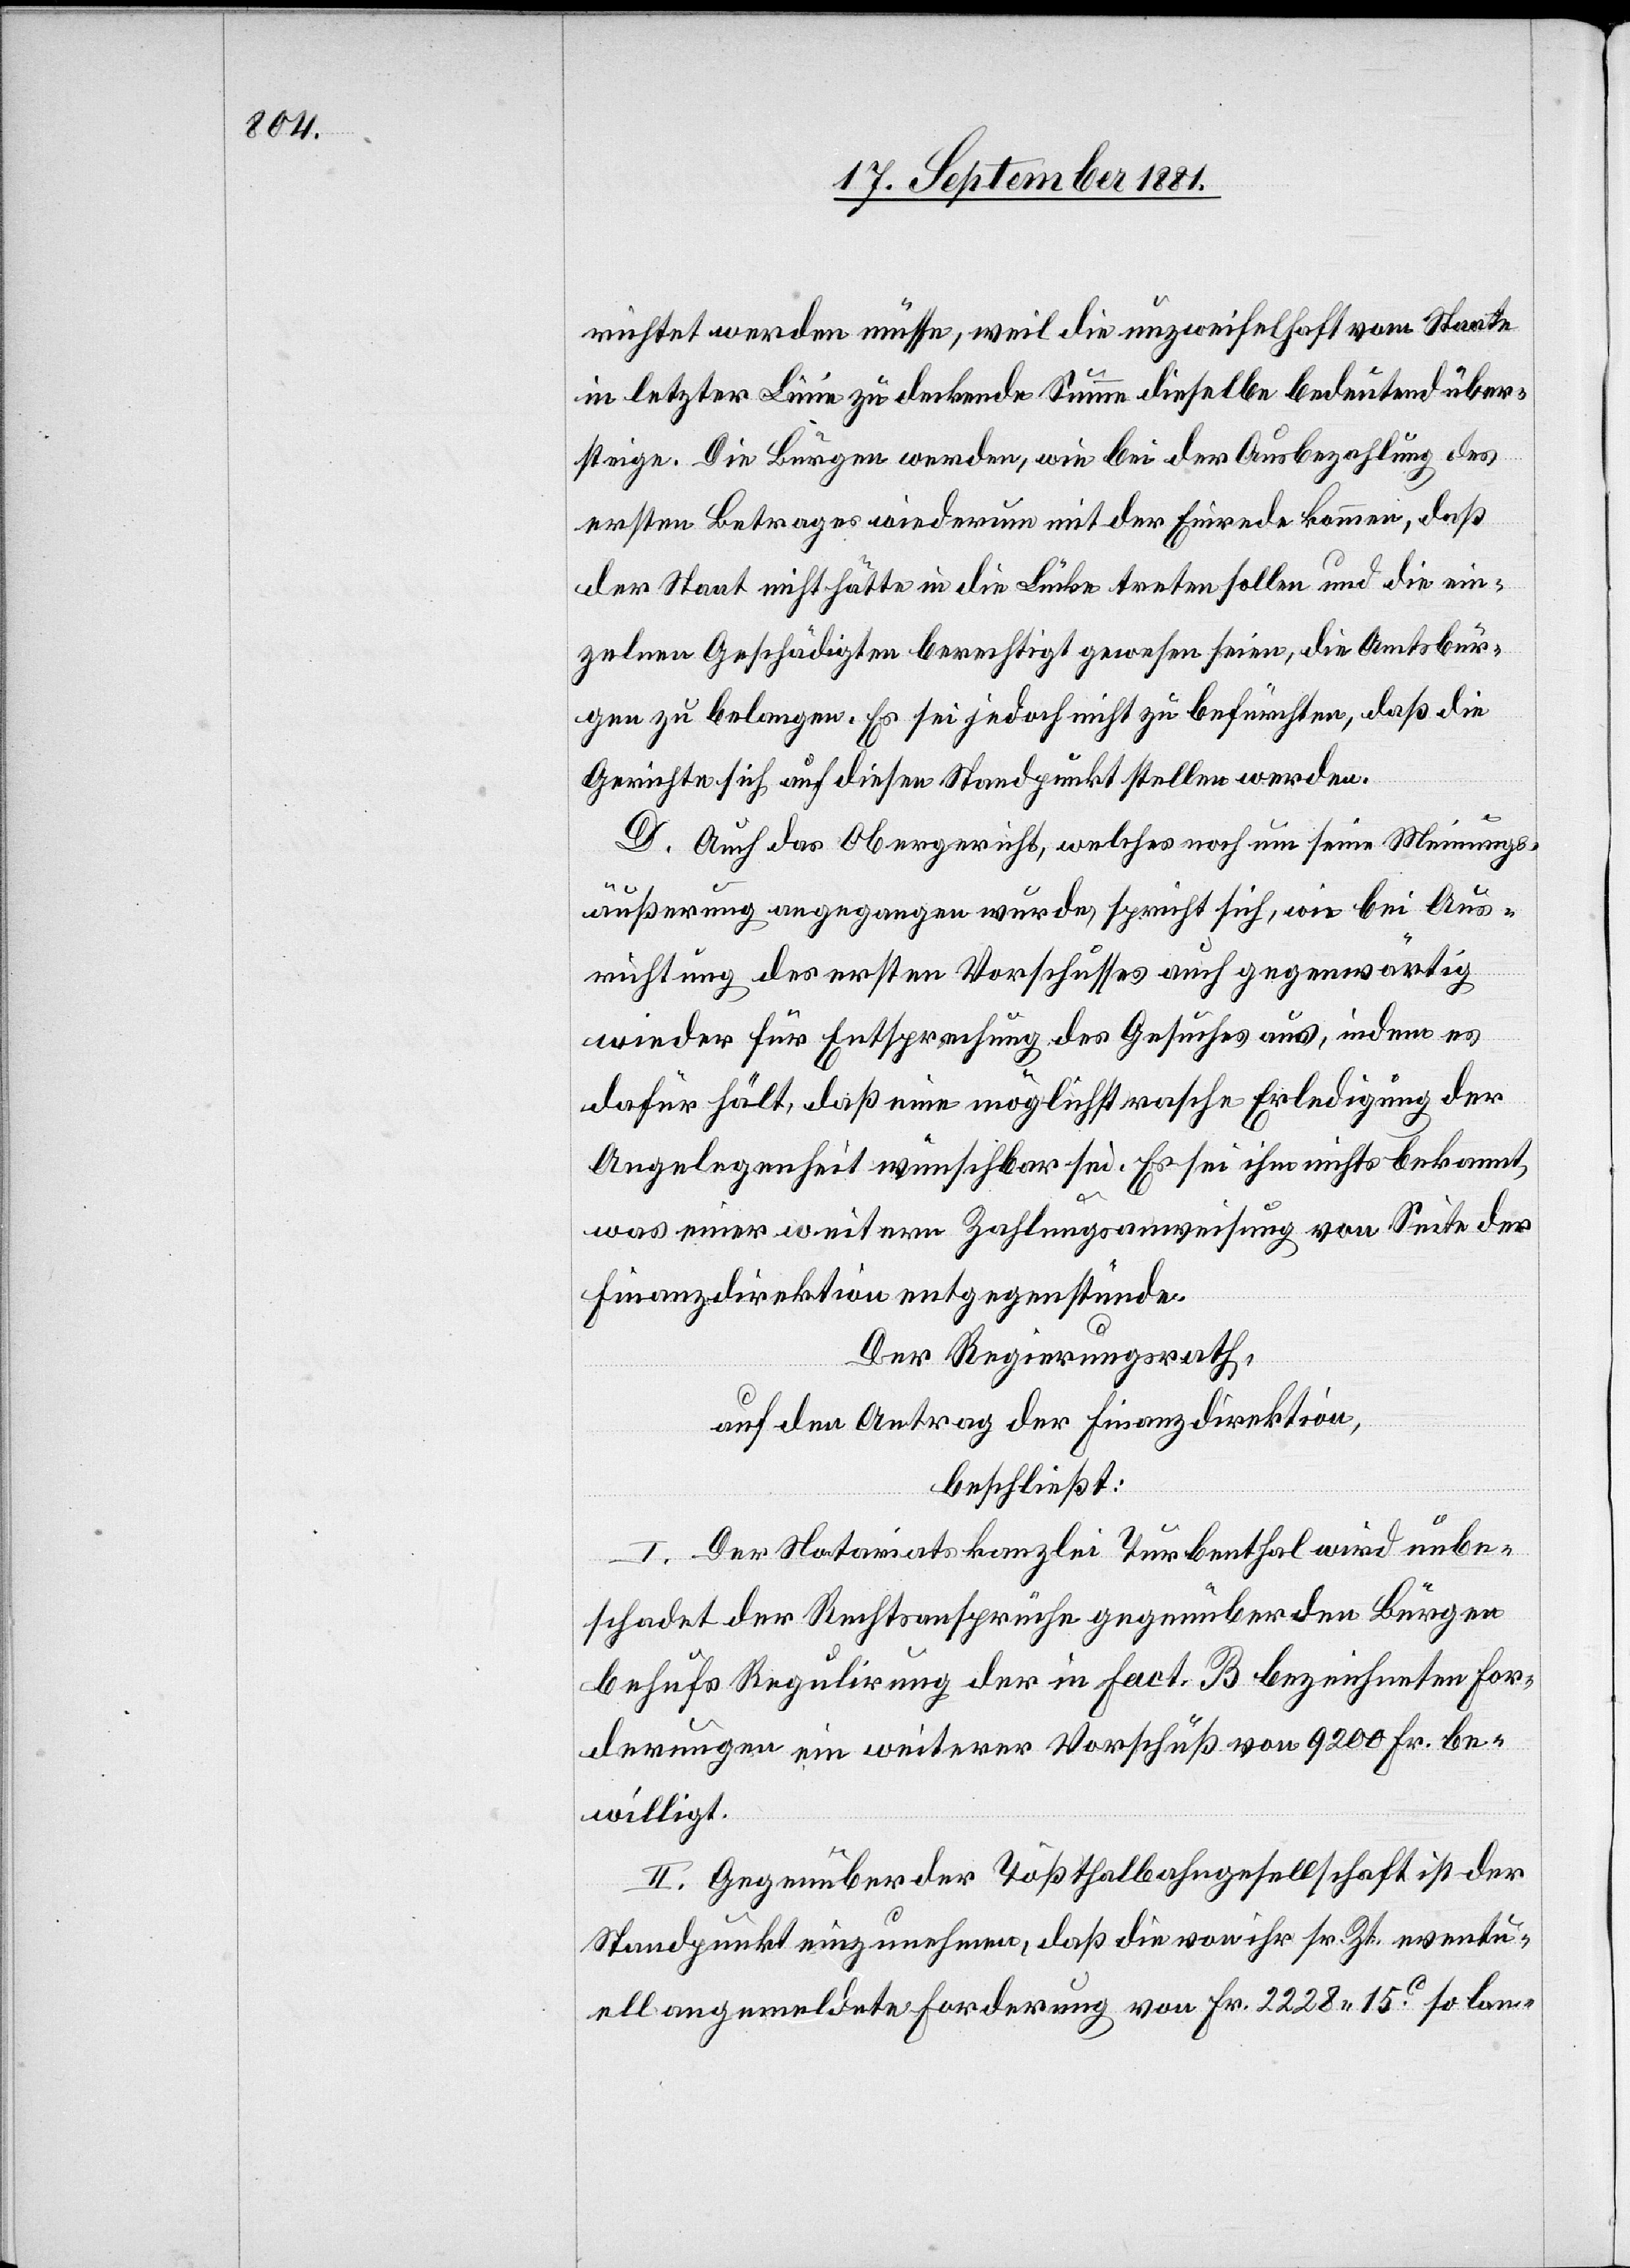
richtet werden müsse, weil die unzweifelhaft vom Staate
in letzter Linie zu deckende Summe dieselbe bedeutend über¬
steige. Die Bürger werden, wie bei der Ausbezahlung des
ersten Betrages wiederum mit der Einrede kommen, daß
der Staat nicht hätte in die Lücke treten sollen und die ein¬
zelnen Geschädigten berechtigt gewesen seien, die Amtsbür¬
gen zu belangen. Es sei jedoch nicht zu befürchten, daß die
Gerichte sich auf diesen Standpunkt stellen werden.
E.] Auch das Obergericht, welches noch um seine Meinungs¬
äußerung angegangen wurde, spricht sich, wie bei Aus¬
richtung des ersten Vorschusses auch gegenwärtig
wieder für Entsprechung des Gesuches aus, indem es
dafür hält, daß eine möglichst rasche Erledigung der
Angelegenheit wünschbar sei. Es sei ihm nichts bekannt,
was einer weitern Zahlungsanweisung von Seite der
Finanzdirektion entgegenstünde.
Der Regierungsrath,
auf den Antrag der Finanzdirektion,
beschließt:
I. Der Notariatskanzlei Turbenthal wird unbe¬
schadet der Rechtsansprüche gegenüber den Bürgen
behufs Regulierung der in fact. B bezeichneten For¬
derungen ein weiterer Vorschuß von 9200 Fr. be¬
willigt.
II. Gegenüber der Tößthalbahngesellschaft ist der
Standpunkt einzunehmen, daß die von ihr sr. Zt. eventu¬
ell angemeldete Forderung von Fr. 2228 15c so lan-